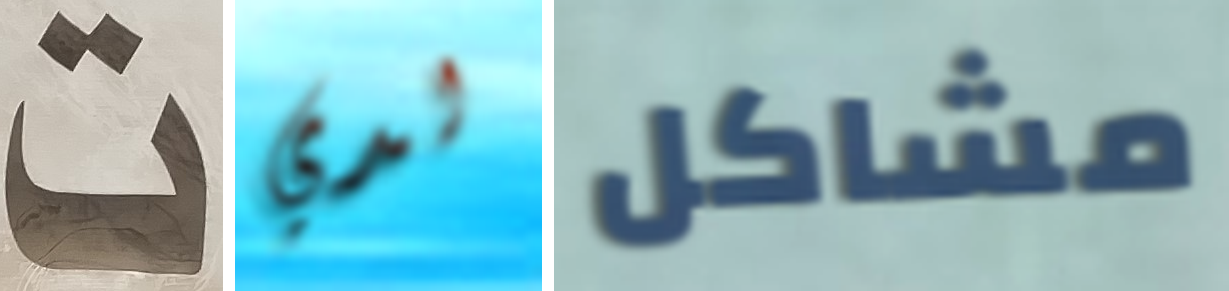
ت لدي مشاكل